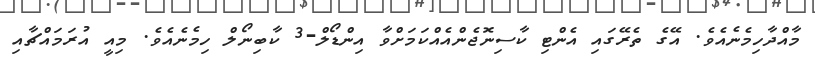
މާއްދާހިމެނެއެވެ. އޭގެ ތެރޭގައި އެންޓި ކާސިނޮޖެންއެއްކަމަށްވާ އިންޑޯލް-3 ކާބިނޯލް ހިމެނެއެވެ. މިއީ އުރަމައްޗާއި